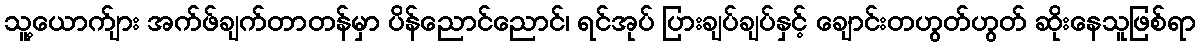
သူ့ယောက်ျား အက်ဖ်ချက်တာတန်မှာ ပိန်ညောင်ညောင်၊ ရင်အုပ် ပြားချပ်ချပ်နှင့် ချောင်းတဟွတ်ဟွတ် ဆိုးနေသူဖြစ်ရာ